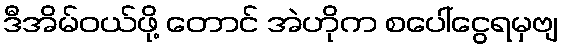
ဒီအိမ်ဝယ်ဖို့ တောင် အဲဟိုက စပေါ်ငွေရမှဗျ